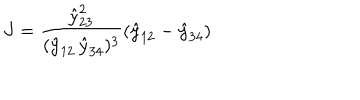
LaTeX: J = \frac { \hat { y } _ { 2 3 } ^ { 2 } } { ( \hat { y } _ { 1 2 } \, \hat { y } _ { 3 4 } ) ^ { 3 } } ( \hat { y } _ { 1 2 } - \hat { y } _ { 3 4 } )